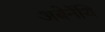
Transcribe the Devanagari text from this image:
अबेर्नेथि